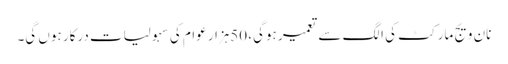
نان ویج مارکٹ کی الگ سے تعمیر ہوگی، 50ہزار عوام کی سہولیات درکار ہوں گی۔